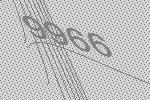
9966